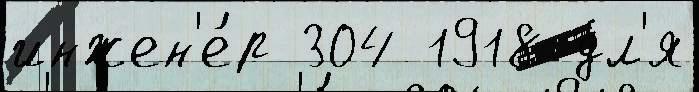
инжен'е́р 304 1918 дл'я